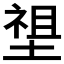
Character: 𡏄